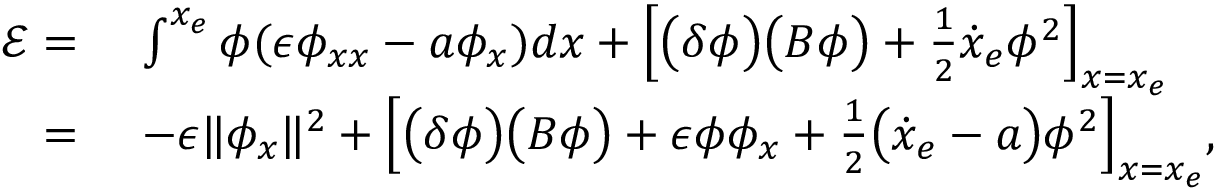
\begin{array} { r l } { \mathcal { E } = \ } & { \int ^ { x _ { e } } \phi ( \epsilon \phi _ { x x } - a \phi _ { x } ) d x + \Big [ \big ( \delta \phi \big ) \big ( B \phi \big ) + \frac { 1 } { 2 } \dot { x } _ { e } \phi ^ { 2 } \Big ] _ { x = x _ { e } } } \\ { = \ } & { - \epsilon \| \phi _ { x } \| ^ { 2 } + \Big [ \big ( \delta \phi \big ) \big ( B \phi \big ) + \epsilon \phi \phi _ { x } + \frac { 1 } { 2 } \big ( \dot { x } _ { e } - a \big ) \phi ^ { 2 } \Big ] _ { x = x _ { e } } , } \end{array}